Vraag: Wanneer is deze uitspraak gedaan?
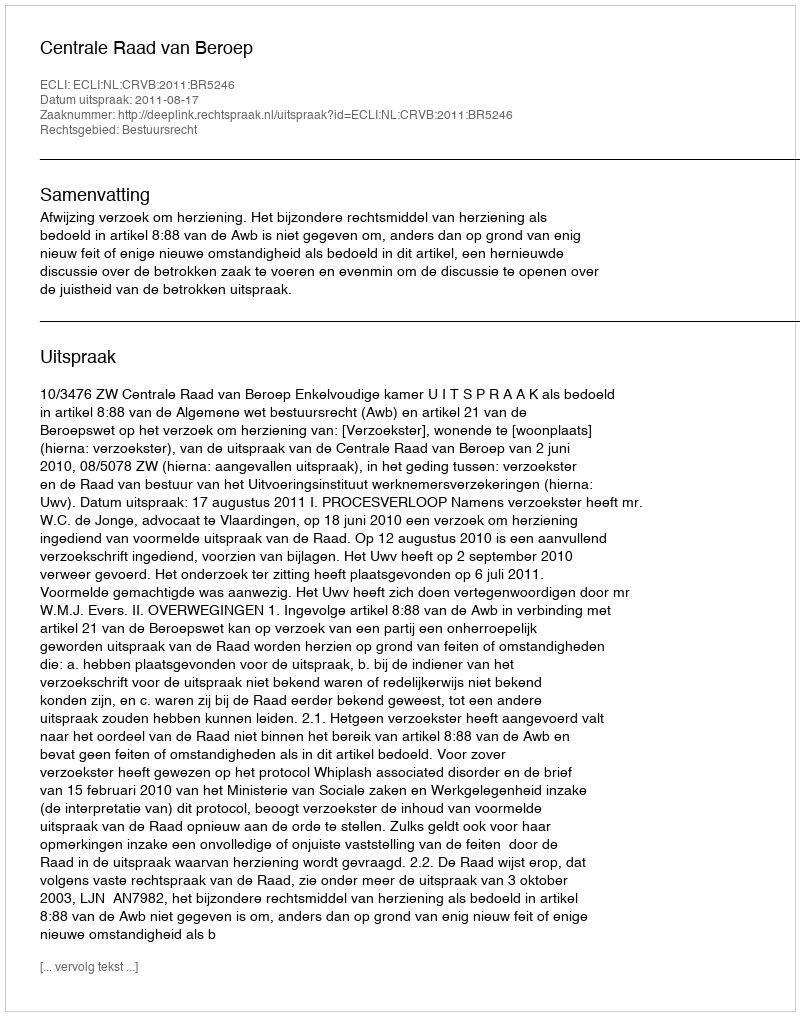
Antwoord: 2011-08-17